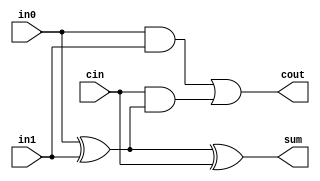
module full_adder(in0, in1, cin, sum, cout);

	input in0;
	input in1;
	input cin;
 	output sum;
	output cout;
	
	assign sum = (in0 ^ in1) ^ cin;
	assign cout = (in0 & in1) | (cin & (in0 ^ in1));

endmodule